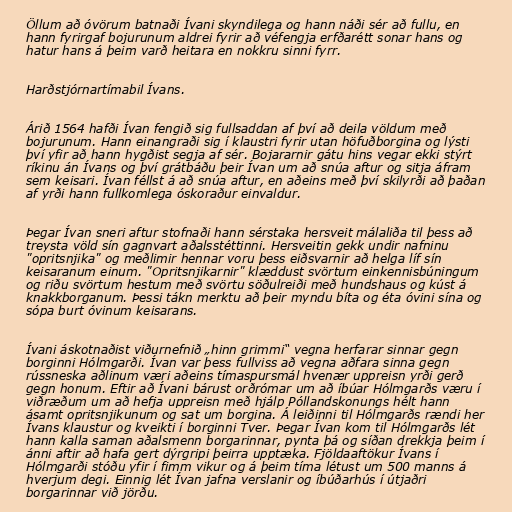
Öllum að óvörum batnaði Ívani skyndilega og hann náði sér að fullu, en
hann fyrirgaf bojurunum aldrei fyrir að véfengja erfðarétt sonar hans og
hatur hans á þeim varð heitara en nokkru sinni fyrr.

Harðstjórnartímabil Ívans.

Árið 1564 hafði Ívan fengið sig fullsaddan af því að deila völdum með
bojurunum. Hann einangraði sig í klaustri fyrir utan höfuðborgina og lýsti
því yfir að hann hygðist segja af sér. Bojararnir gátu hins vegar ekki stýrt
ríkinu án Ívans og því grátbáðu þeir Ívan um að snúa aftur og sitja áfram
sem keisari. Ívan féllst á að snúa aftur, en aðeins með því skilyrði að þaðan
af yrði hann fullkomlega óskoraður einvaldur.

Þegar Ívan sneri aftur stofnaði hann sérstaka hersveit málaliða til þess að
treysta völd sín gagnvart aðalsstéttinni. Hersveitin gekk undir nafninu
"opritsnjika" og meðlimir hennar voru þess eiðsvarnir að helga líf sín
keisaranum einum. "Opritsnjikarnir" klæddust svörtum einkennisbúningum
og riðu svörtum hestum með svörtu söðulreiði með hundshaus og kúst á
knakkborganum. Þessi tákn merktu að þeir myndu bíta og éta óvini sína og
sópa burt óvinum keisarans.

Ívani áskotnaðist viðurnefnið „hinn grimmi“ vegna herfarar sinnar gegn
borginni Hólmgarði. Ívan var þess fullviss að vegna aðfara sinna gegn
rússneska aðlinum væri aðeins tímaspursmál hvenær uppreisn yrði gerð
gegn honum. Eftir að Ívani bárust orðrómar um að íbúar Hólmgarðs væru í
viðræðum um að hefja uppreisn með hjálp Póllandskonungs hélt hann
ásamt opritsnjikunum og sat um borgina. Á leiðinni til Hólmgarðs rændi her
Ívans klaustur og kveikti í borginni Tver. Þegar Ívan kom til Hólmgarðs lét
hann kalla saman aðalsmenn borgarinnar, pynta þá og síðan drekkja þeim í
ánni aftir að hafa gert dýrgripi þeirra upptæka. Fjöldaaftökur Ívans í
Hólmgarði stóðu yfir í fimm vikur og á þeim tíma létust um 500 manns á
hverjum degi. Einnig lét Ívan jafna verslanir og íbúðarhús í útjaðri
borgarinnar við jörðu.